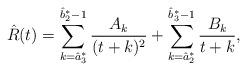
LaTeX: \begin{align*}\hat R(t)=\sum_{k=\hat a_3^*}^{\hat b_2^*-1}\frac{A_k}{(t+k)^2}+\sum_{k=\hat a_2^*}^{\hat b_3^*-1}\frac{B_k}{t+k},\end{align*}